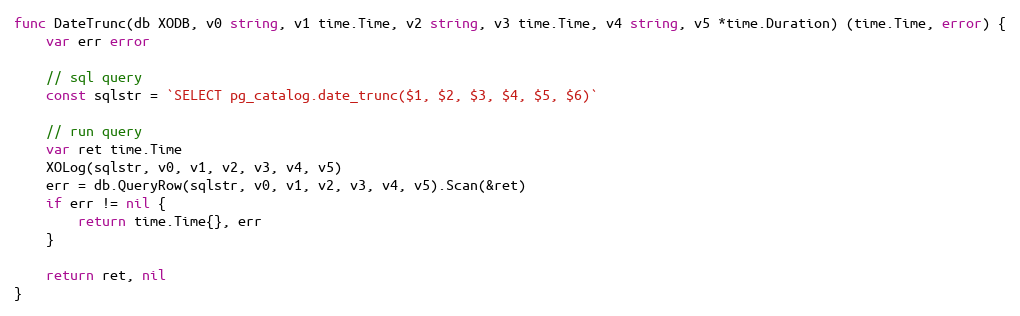
Language: Go
func DateTrunc(db XODB, v0 string, v1 time.Time, v2 string, v3 time.Time, v4 string, v5 *time.Duration) (time.Time, error) {
	var err error

	// sql query
	const sqlstr = `SELECT pg_catalog.date_trunc($1, $2, $3, $4, $5, $6)`

	// run query
	var ret time.Time
	XOLog(sqlstr, v0, v1, v2, v3, v4, v5)
	err = db.QueryRow(sqlstr, v0, v1, v2, v3, v4, v5).Scan(&ret)
	if err != nil {
		return time.Time{}, err
	}

	return ret, nil
}